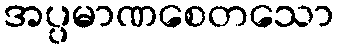
အပ္ပမာဏစေတသော